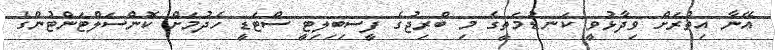
އޭނާ އިތުރަށް ވިދާޅުވީ ކަނޑުމަތީގެ މި ބްރިޖުގެ ފީސިބިލިޓީ ސްޓަޑީ ހެދުމަށް ކޮންސަލްޓަންޓުންގެ